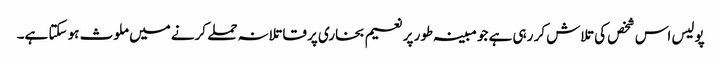
پولیس اس شخص کی تلاش کر رہی ہے جو مبینہ طور پر نعیم بخاری پر قاتلانہ حملے کرنے میں ملوث ہو سکتا ہے۔